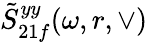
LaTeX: \tilde{S}_{21f}^{yy}(\omega,r,\vee)